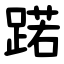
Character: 蹃